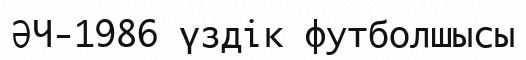
ӘЧ-1986 үздік футболшысы